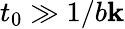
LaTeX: t_{0}\gg1/b\mathbf{k}